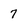
Character: 7